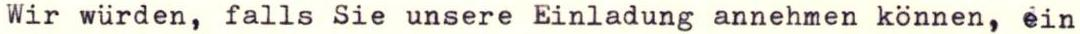
Wir würden, falls Sie unsere Einladung annehmen können, ein